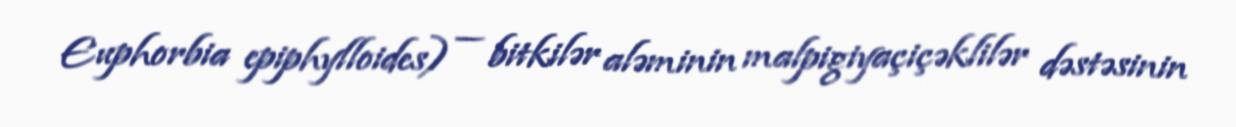
Euphorbia epiphylloides) — bitkilər aləminin malpigiyaçiçəklilər dəstəsinin